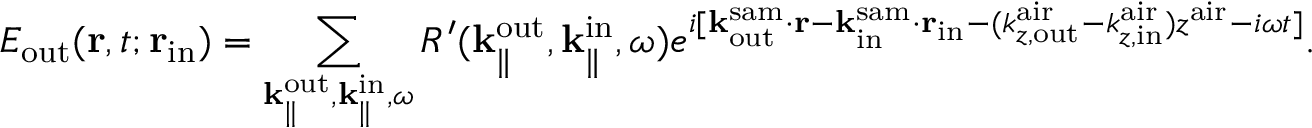
E _ { \mathrm { o u t } } ( { \bf r } , t ; { \bf r } _ { \mathrm { i n } } ) = \sum _ { { \bf k } _ { \parallel } ^ { \mathrm { o u t } } , { \bf k } _ { \parallel } ^ { \mathrm { i n } } , \omega } R ^ { \prime } ( { \bf k } _ { \parallel } ^ { \mathrm { o u t } } , { \bf k } _ { \parallel } ^ { \mathrm { i n } } , \omega ) e ^ { i [ { \bf k } _ { \mathrm { o u t } } ^ { \mathrm { s a m } } \cdot { \bf r } - { \bf k } _ { \mathrm { i n } } ^ { \mathrm { s a m } } \cdot { \bf r } _ { \mathrm { i n } } - ( k _ { z , \mathrm { o u t } } ^ { \mathrm { a i r } } - k _ { z , \mathrm { i n } } ^ { \mathrm { a i r } } ) z ^ { \mathrm { a i r } } - i \omega t ] } .